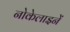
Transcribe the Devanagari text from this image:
नोकेलाइनें